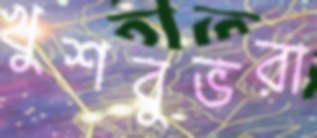
খুশবুভরা